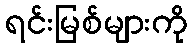
ရင်းမြစ်များကို